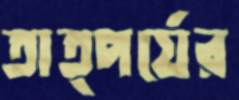
তাত্পর্যের